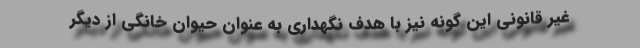
غیر قانونی این گونه نیز با هدف نگهداری به عنوان حیوان خانگی از دیگر